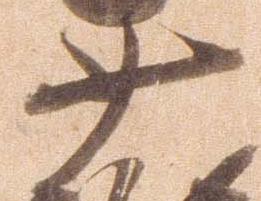
少